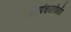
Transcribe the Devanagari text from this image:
ग्रामपंचायतींपर्यंत